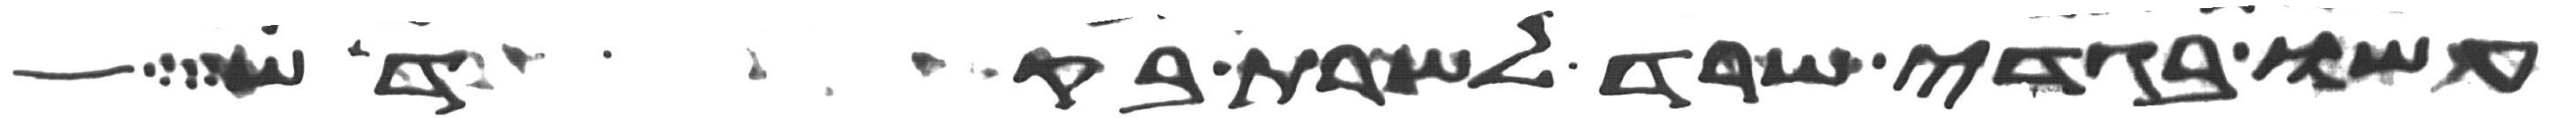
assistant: עשו בגדי שרד לשרת בקדש